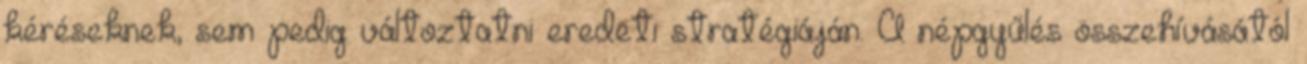
kéréseknek, sem pedig változtatni eredeti stratégiáján. A népgyűlés összehívásától